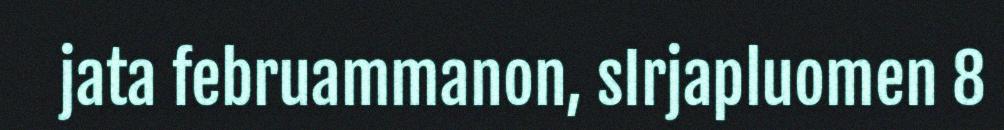
jata februammanon, sIrjapluomen 8